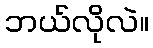
ဘယ်လိုလဲ။